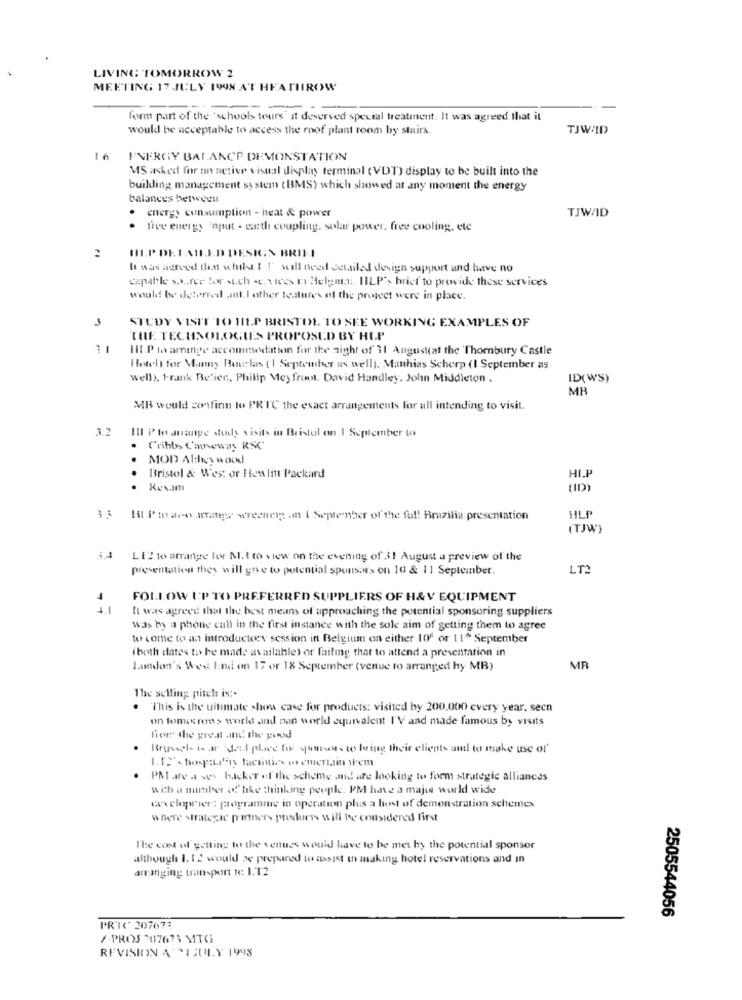
LIVING TOMORROW 2
MEETING 17 JULY 1998 AT HEATHROW
form part of the "schools tours' at deserved special treatment. It was agreed that it
would be acceptable to access the roof plant room by stairs.
TJWAID
ENERGY BALANCE DEMONSTATION
MS asked for on netive visual display terminal (VDT) display to be built into the
building management system (BMS) which showed at any moment the energy
balances between
energy consumption - heat & power
TJWAID
. free energy 'nput - uth coupling. solar power. free cooling, ete
HIP DETAILED DESIGN BRIEF
It was agreed that whilst t !' will need detailed design support and have no
capable source for such services t Helgen :, IILP'> brief to provide these services
would be deterred ant. I other features of the project were in place.
1
STUDY VISIT TO HILP BRISTOL TO SEE WORKING EXAMPLES OF
THE TECHNOLOGIES PROPOSED BY HLP
Ill.P ia arrange accommodation for the night of 11 Augustiat the 'Thornbury Castle
Hotel for Manny Hourlas ( I September as well), Mathias Scherp (I September as
well), t-rank Belien, Philip Mey front. David Handley. John Middleton .
ID(WS)
MB
MB would confinn lo PRTC the exact arrangements for all intending to visit.
3.2
Ill Pto stange study visits in Bristol on 1 September to
Cribb C'anewany RSC
MOD Althey wood
...
Bristol & Wes: or How litt Packard
HI.P
.
Revam
(ID)
3 :
Il.Pto aro arrange wreeneg .m I September of the ful! Brazilia presentation
HLP
(TJWY
LEZ to arrange lor M.3 to view on the evening of 31 August a preview of the
presentation they will give to potential sponsors on 10 & 11 September.
LT2
FOLLOW UP TO PREFERRED SUPPLIERS OF H& V EQUIPMENT
4.1
It was agreed that the best means of approaching the potential sponsoring suppliers
was by a phone call in the first instance with the sole aim of getting them to agree
to come to an introductory session in Belgium on either 106 or 11^ September
(both dates to he made available) or failing that to attend a presentation in
London's Wee lind on 17 or 18 September (venue to arranged hy MB)
MR
The selling pitch is :.
. "This is the ultimate show case for products: visited by 200.000 every year, secn
on tomorrows world and nan world equivalent I'V and made famous by visits
hier the great and the good
Brussel is ar del place fix santos to being their clients and to make use of
1. 12"- hospitalny facili. mo emertain wem
PM are a ses backer of the scheme and are looking to form strategic alliances
With a number of the thinking people. PM have a majus world wide
coxchopvier: programme in operation plus a host of demonstration schemes
where strategie partners presshiss will be considered first
The cost of getting to the venues would have to be met hy the potential sponsor
although I. 12 would be prepared to assist in making hotel reservations and in
arranging transport tc 1.12
2505544056
PR'IC 207673
/-PROS -07673 MITG
REVISION A SISULLY 1998